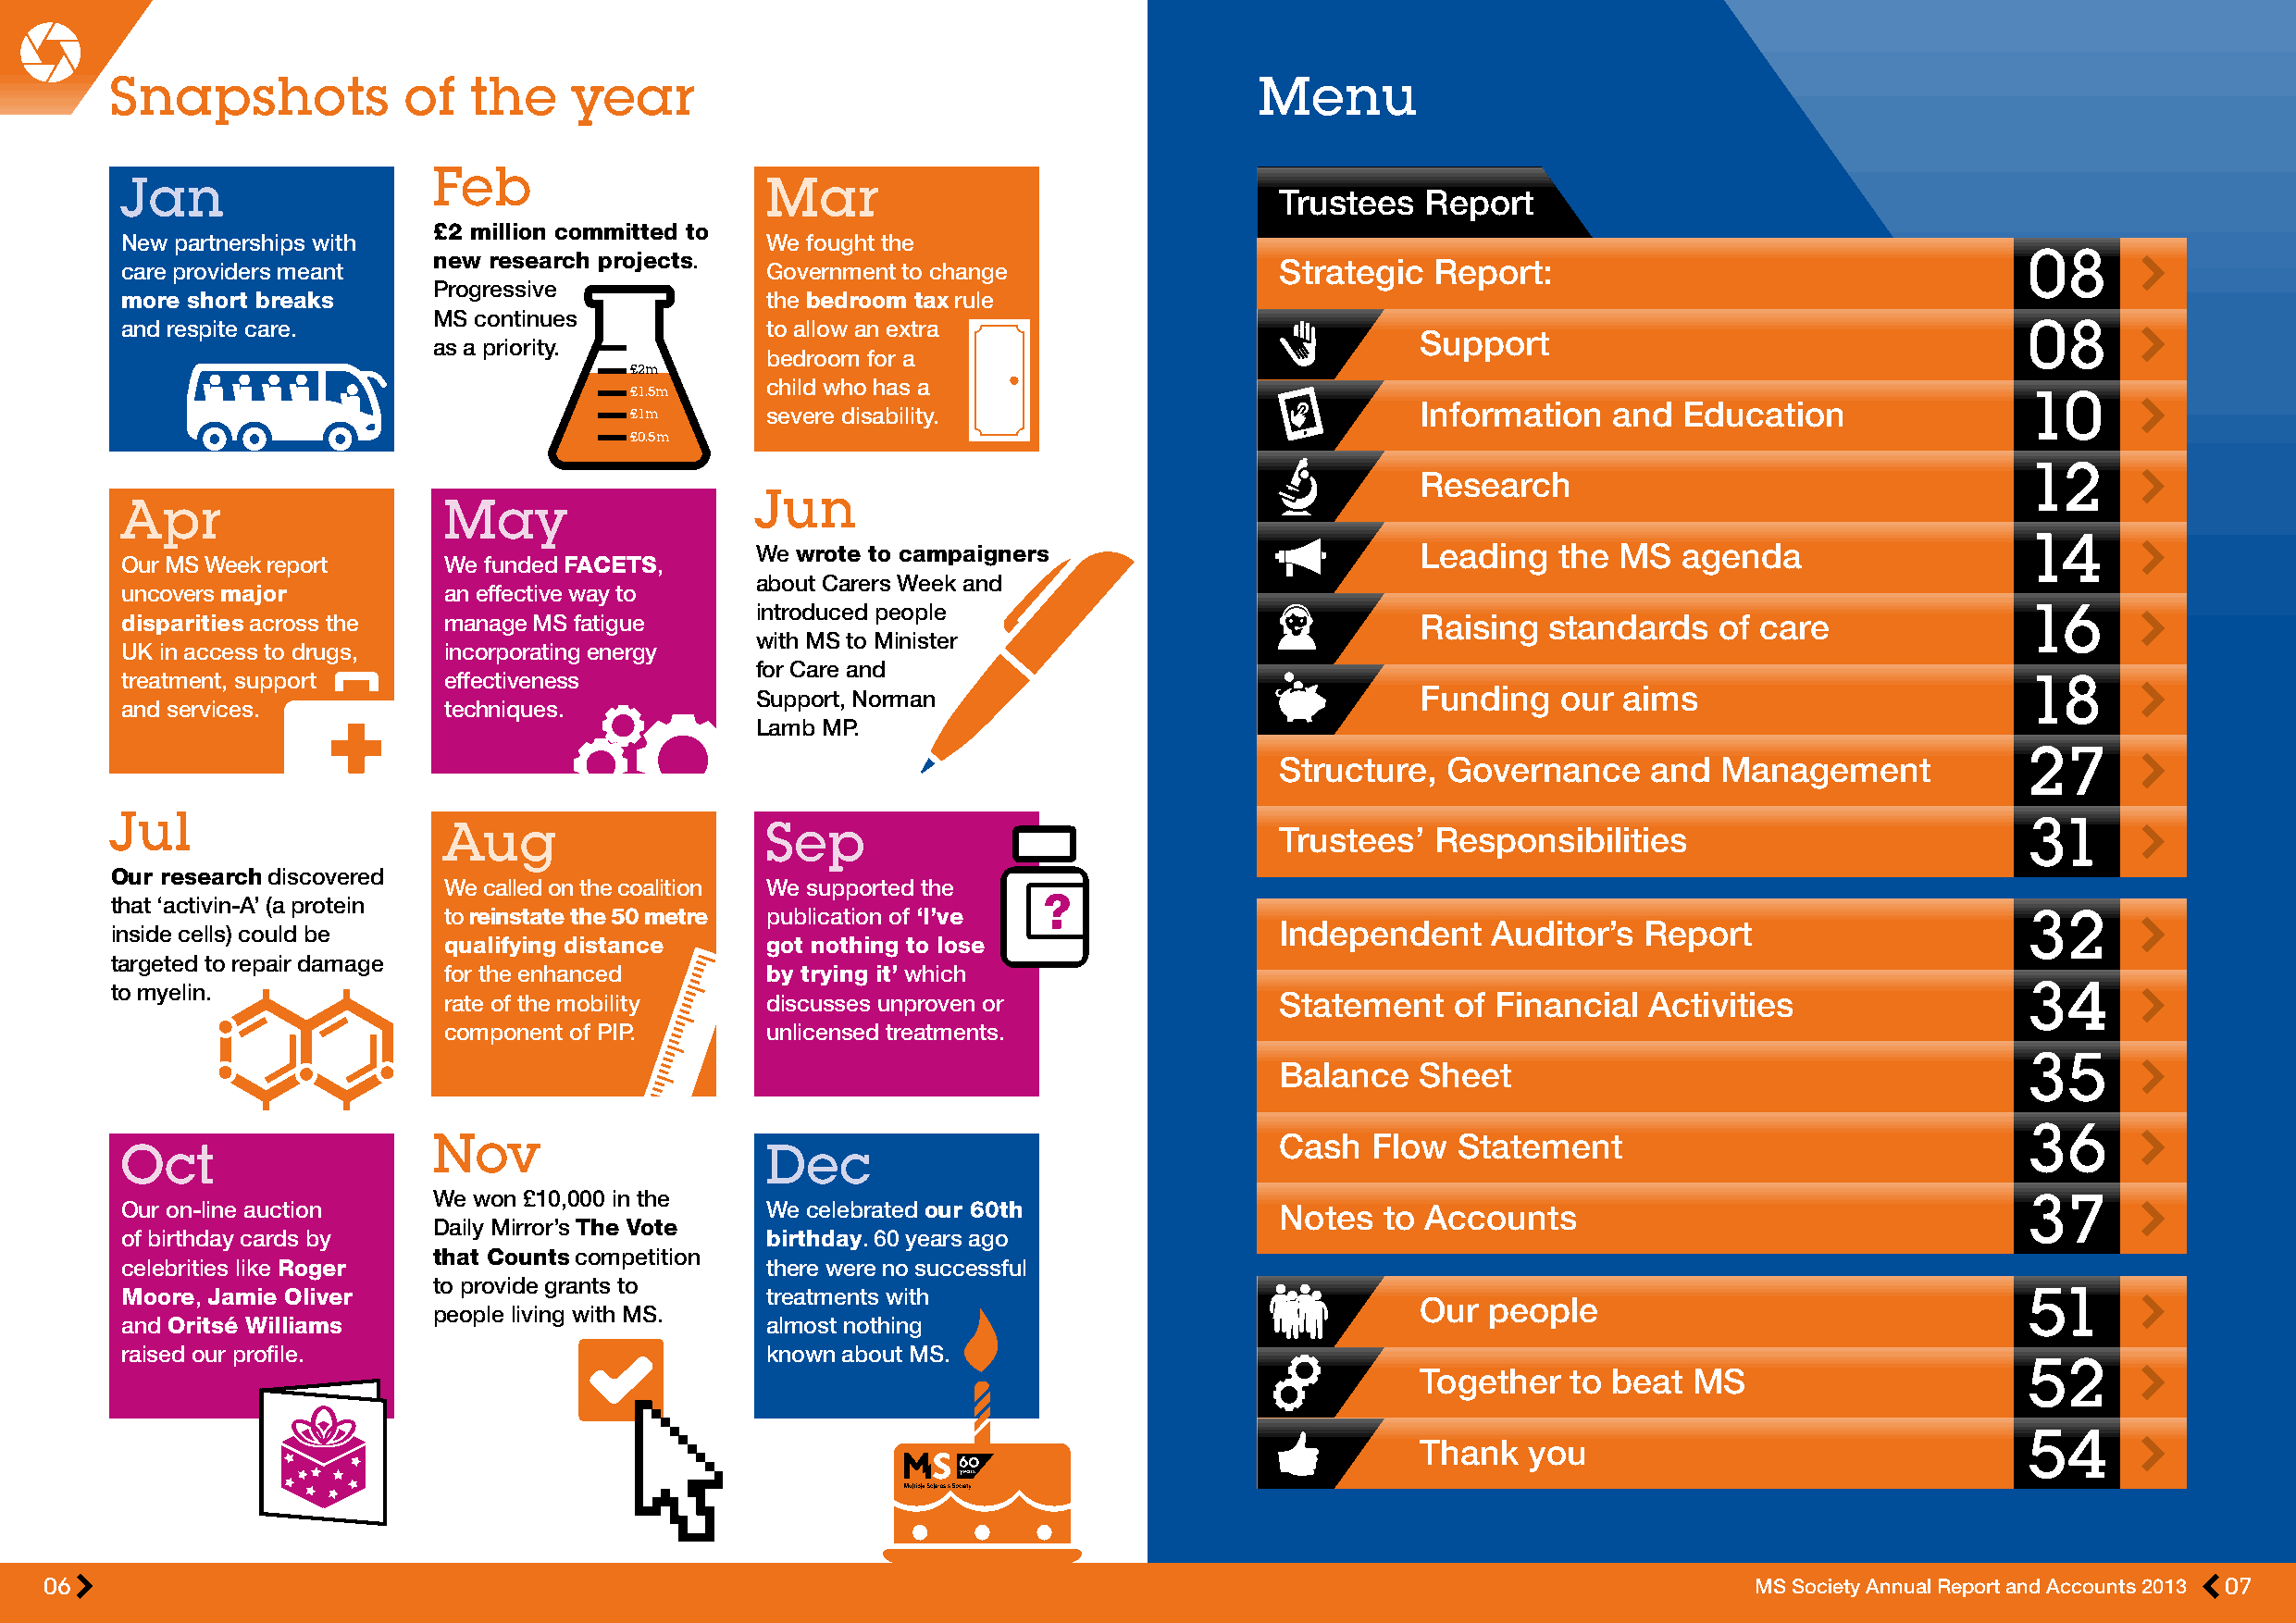
Snapshots            of   the    year                                             Menu
 Feb
 Jan                                           Mar
 Trustees   Report
 £2 million committed to
 New partnerships with                         We fought the
 new research projects.                                                                                            08
 care providers meant                          Government to change                Strategic   Report:
 Progressive
 more short breaks                             the bedroom tax rule
 MS continues
 and respite care.                             to allow an extra                                                                         08
 Support
 as a priority.
 bedroom for a
 £2m
 child who has a
 £1.5m                                                                                               10
 Information  and  Education
 £1m       severe disability.
 £0.5m
 12
 Research
 Jun
 Apr                    May
 14
 We wrote to campaigners                         Leading  the  MS  agenda
 Our MS Week report     We funded FACETS,
 about Carers Week and
 uncovers major         an effective way to
 introduced people                                                                          16
 disparities across the manage MS fatigue                                                     Raising  standards   of care
 with MS to Minister
 UK in access to drugs, incorporating energy
 for Care and
 treatment, support     effectiveness                                                                                                    18
 Support, Norman                                 Funding   our aims
 and services.          techniques.
 Lamb MP.
 27
 Structure,  Governance     and  Management
 Jul
 Aug                    Sep                                 Trustees’   Responsibilities                          31
 Our research discovered
 We called on the coalition We supported the
 that ‘activin-A’ (a protein                                        ?
 to reinstate the 50 metre publication of ‘I’ve                                                                   32
 Independent     Auditor’s  Report
 inside cells) could be
 qualifying distance    got nothing to lose
 targeted to repair damage
 for the enhanced       by trying it’ which
 to myelin.                                                                                                                               34
 rate of the mobility   discusses unproven or               Statement    of Financial  Activities
 component of PIP.      unlicensed treatments.
 35
 Balance   Sheet
 36
 Nov                                                         Cash   Flow  Statement
 Oct                                           Dec
 We won £10,000 in the                                                                                             37
 Our on-line auction                           We celebrated our 60th              Notes   to Accounts
 Daily Mirror’s The Vote
 of birthday cards by                          birthday. 60 years ago
 that Counts competition
 celebrities like Roger                        there were no successful
 to provide grants to
 Moore, Jamie Oliver                           treatments with                                                                           51
 Our people
 people living with MS.
 and Oritsé Williams                           almost nothing
 raised our profile.                           known about MS.
 52
 Together  to beat  MS
 54
 Thank  you
 06                                                                                                                         MS Society Annual Report and Accounts 2013 07